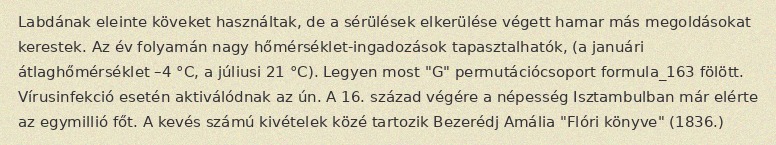
Labdának eleinte köveket használtak, de a sérülések elkerülése végett hamar más megoldásokat kerestek. Az év folyamán nagy hőmérséklet-ingadozások tapasztalhatók, (a januári átlaghőmérséklet –4 °C, a júliusi 21 °C). Legyen most "G" permutációcsoport formula_163 fölött. Vírusinfekció esetén aktiválódnak az ún. A 16. század végére a népesség Isztambulban már elérte az egymillió főt. A kevés számú kivételek közé tartozik Bezerédj Amália "Flóri könyve" (1836.)